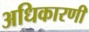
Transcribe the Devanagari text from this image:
अधिकारणी